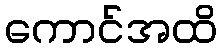
ကောင်အထိ